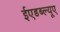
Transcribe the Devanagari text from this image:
ईएडब्ल्यूए